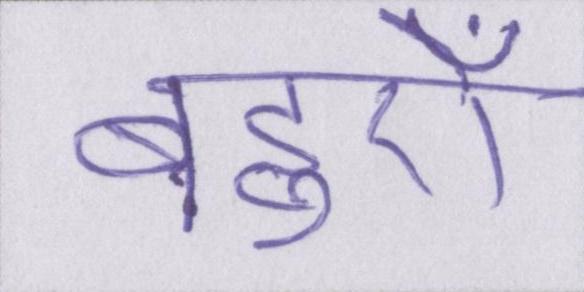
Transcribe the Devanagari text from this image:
बहुएँ